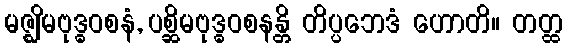
မဇ္ဈိမဗုဒ္ဓဝစနံ, ပစ္ဆိမဗုဒ္ဓဝစနန္တိ တိပ္ပဘေဒံ ဟောတိ။ တတ္ထ